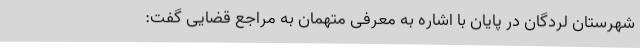
شهرستان لردگان در پایان با اشاره به معرفی متهمان به مراجع قضایی گفت: